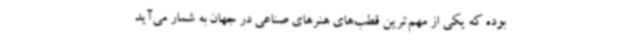
بوده که یکی از مهم‌ترین قطب‌های هنرهای صناعی در جهان به شمار می‌آید